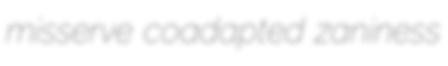
misserve coadapted zaniness